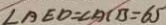
\angle A E D = \angle A C B = 6 5